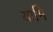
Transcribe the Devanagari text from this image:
यामि